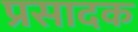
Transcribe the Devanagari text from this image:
प्रसादक